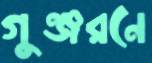
গুঞ্জরনে